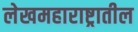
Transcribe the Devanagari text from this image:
लेखमहाराष्ट्रातील